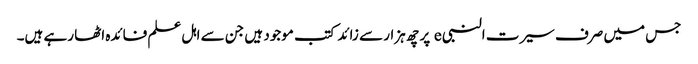
جس میں صرف سیرت النبی e پر چھ ہزار سے زائد کتب موجود ہیں جن سے اہل علم فائدہ اٹھا رہے ہیں۔